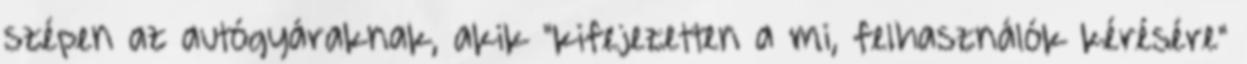
szépen az autógyáraknak, akik "kifejezetten a mi, felhasználók kérésére"